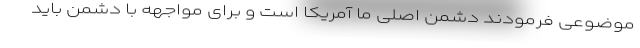
موضوعی فرمودند دشمن اصلی ما آمریکا است و برای مواجهه با دشمن باید